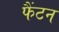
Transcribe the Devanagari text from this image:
फैंटन